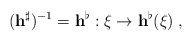
\begin{align*}({\bf h}^\sharp)^{-1}={\bf h}^\flat :\xi\rightarrow{\bf h}^\flat(\xi)\;,\end{align*}